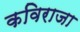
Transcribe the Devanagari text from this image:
कविराजा